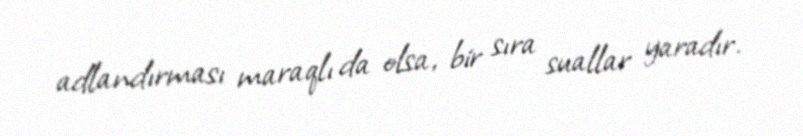
adlandırması maraqlı da olsa, bir sıra suallar yaradır.